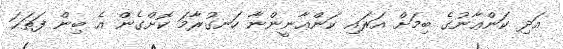
އަދި ކަންޢާނުގެ ބިމަށް އަރައި ކަންޢާނީންނާ ހަނގުރާމަ ކޮށްގެން އެ ބިން ފަތަޙަ